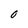
Character: O